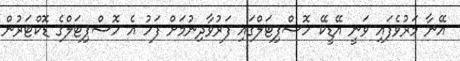
އޭނާ މަރުވެފައި ވަނީ އޭޑީކޭ ހޮސްޕިޓަލްގައި ފަރުވާދިނުމަށް ފަހު އެ ހޮސްޕިޓަލްގެ ޑޮކްޓަރުން